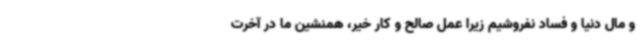
و مال دنیا و فساد نفروشیم زیرا عمل صالح و کار خیر، همنشین ما در آخرت